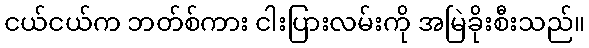
ငယ်ငယ်က ဘတ်စ်ကား ငါးပြားလမ်းကို အမြဲခိုးစီးသည်။